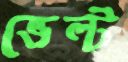
ভেল্ট